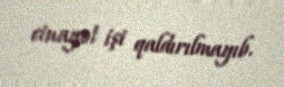
cinayət işi qaldırılmayıb.